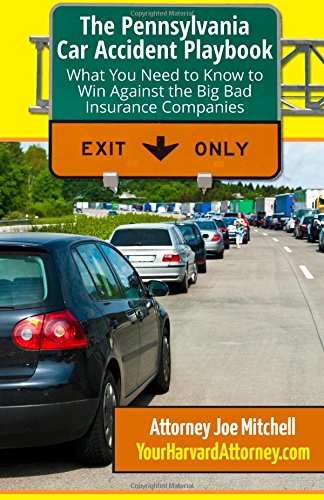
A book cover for The Pennsylvania Car Accident Playbook; Joe Mitchell; Law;